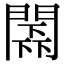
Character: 𨵰